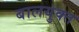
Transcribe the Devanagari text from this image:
बालयुक्त